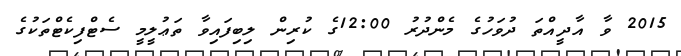
2015 ވާ އާދީއްތަ ދުވަހުގެ މެންދުރު 12:00ގެ ކުރިން ލިބިފައިވާ ތަޢުލީމީ ސެޓްފިކެޓްތަކުގެ